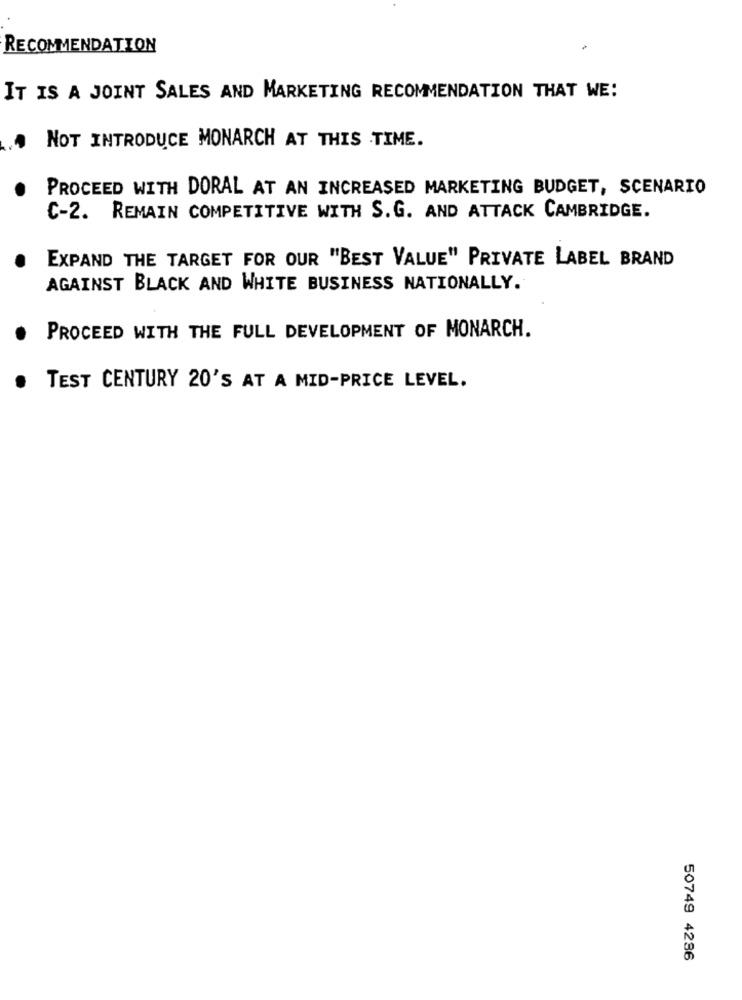
RECOMMENDATION
IT IS A JOINT SALES AND MARKETING RECOMMENDATION THAT WE:
NOT INTRODUCE MONARCH AT THIS TIME.
PROCEED WITH DORAL AT AN INCREASED MARKETING BUDGET, SCENARIO
C-2. REMAIN COMPETITIVE WITH S.G. AND ATTACK CAMBRIDGE.
EXPAND THE TARGET FOR OUR "BEST VALUE" PRIVATE LABEL BRAND
AGAINST BLACK AND WHITE BUSINESS NATIONALLY.
PROCEED WITH THE FULL DEVELOPMENT OF MONARCH.
.
TEST CENTURY 20'S AT A MID-PRICE LEVEL.
50749 4286